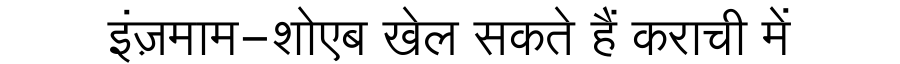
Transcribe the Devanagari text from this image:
इंज़माम-शोएब खेल सकते हैं कराची में